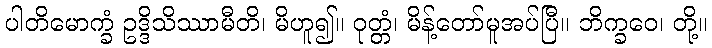
ပါတိမောက္ခံ ဥဒ္ဒိသိဿာမီတိ၊ မိဟူ၍။ ဝုတ္တံ၊ မိန့်တော်မူအပ်ပြီ။ ဘိက္ခဝေ၊ တို့။